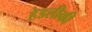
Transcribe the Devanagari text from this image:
हेडलीकी